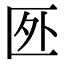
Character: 㔰